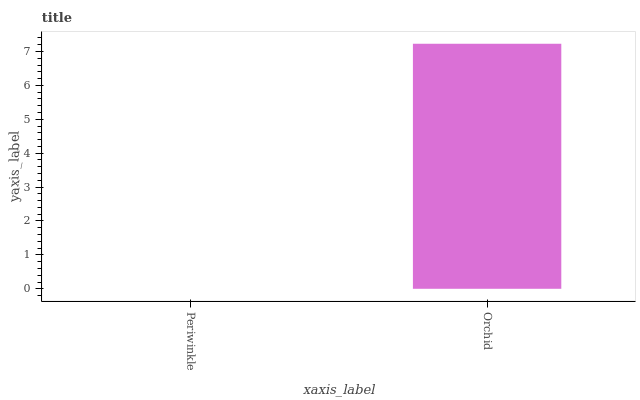
| xaxis_label | bars |
 | --- | --- |
 | Periwinkle | 0 |
 | Orchid | 7.23 |